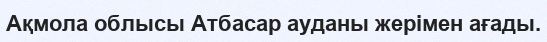
Ақмола облысы Атбасар ауданы жерімен ағады.